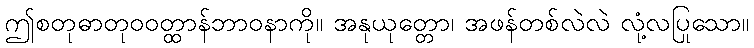
ဤစတုဓာတုဝဝတ္ထာန်ဘာဝနာကို။ အနုယုတ္တော၊ အဖန်တစ်လဲလဲ လုံ့လပြုသော။